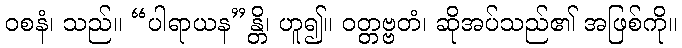
ဝစနံ၊ သည်။ “ပါရာယန”န္တိ၊ ဟူ၍။ ဝတ္တဗ္ဗတံ၊ ဆိုအပ်သည်၏ အဖြစ်ကို။